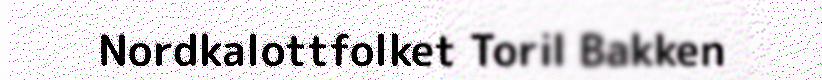
Nordkalottfolket Toril Bakken